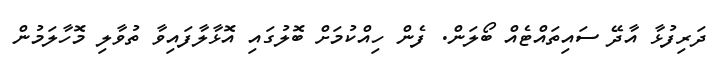
ދަރިފުޅާ އާދޭ ސައިތައްޓެއް ބޯލަން. ފެން ހިއްކުމަށް ބޮލުގައި އޮޅާލާފައިވާ ތުވާލި މޮހާލަމުން